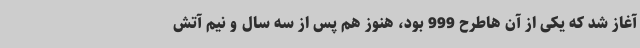
آغاز شد که یکی از آن هاطرح 999 بود، هنوز هم پس از سه سال و نیم آتش